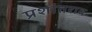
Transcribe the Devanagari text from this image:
प्रशांतराव